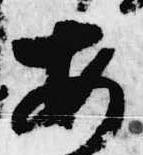
安